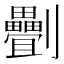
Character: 𠠯